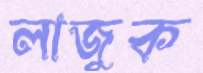
লাজুক